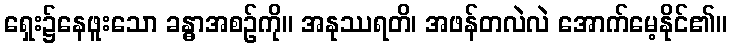
ရှေး၌နေဖူးသော ခန္ဓာအစဉ်ကို။ အနုဿရတိ၊ အဖန်တလဲလဲ အောက်မေ့နိုင်၏။